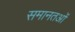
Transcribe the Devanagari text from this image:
समानतओं